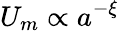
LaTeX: U_{m}\propto a^{-\xi}